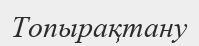
Топырақтану